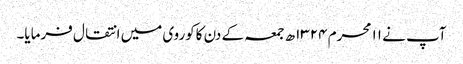
آپ نے ۱۱ محرم ۱۳۲۴ھ جمعہ کے دن کاکوروی میں انتقال فرمایا۔